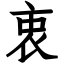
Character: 衷